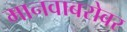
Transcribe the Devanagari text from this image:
मानवाबरोबर